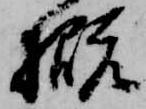
概